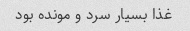
غذا بسیار سرد و مونده بود